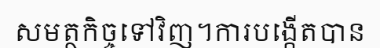
សមត្ថកិច្ចទៅវិញ។ការបង្កើតបាន